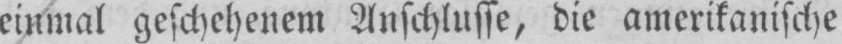
einmal geschehenem Anschlusse, die amerikanische